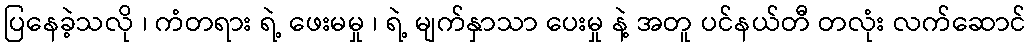
ပြနေခဲ့သလို ၊ ကံတရား ရဲ့ ဖေးမမှု ၊ ရဲ့ မျက်နှာသာ ပေးမှု နဲ့ အတူ ပင်နယ်တီ တလုံး လက်ဆောင်